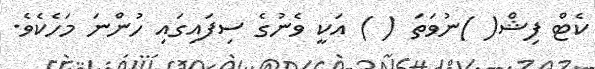
ކެޓް ފިޝް( )ނުވަތަ ( ) އަކީ ވެނުގެ ސިފައިގައި ހުންނަ މަހެކެވެ.